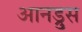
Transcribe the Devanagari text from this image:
आनड्रुस